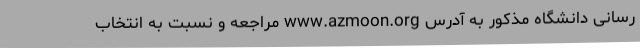
رسانی دانشگاه مذکور به آدرس www.azmoon.org مراجعه و نسبت به انتخاب